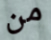
من